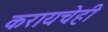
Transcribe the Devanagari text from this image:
करायचेही